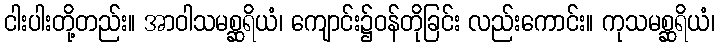
ငါးပါးတို့တည်း။ အာဝါသမစ္ဆရိယံ၊ ကျောင်း၌ဝန်တိုခြင်း လည်းကောင်း။ ကုသမစ္ဆရိယံ၊